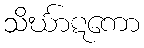
သိင်္ဃာဋကော